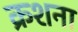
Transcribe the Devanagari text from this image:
क्रशना